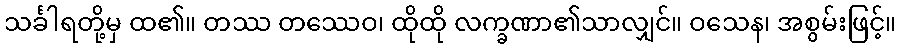
သင်္ခါရတို့မှ ထ၏။ တဿ တဿေဝ၊ ထိုထို လက္ခဏာ၏သာလျှင်။ ဝသေန၊ အစွမ်းဖြင့်။